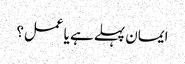
ایمان پہلے ہے یا عمل؟